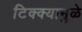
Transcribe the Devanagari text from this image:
टिक्क्यामुळे